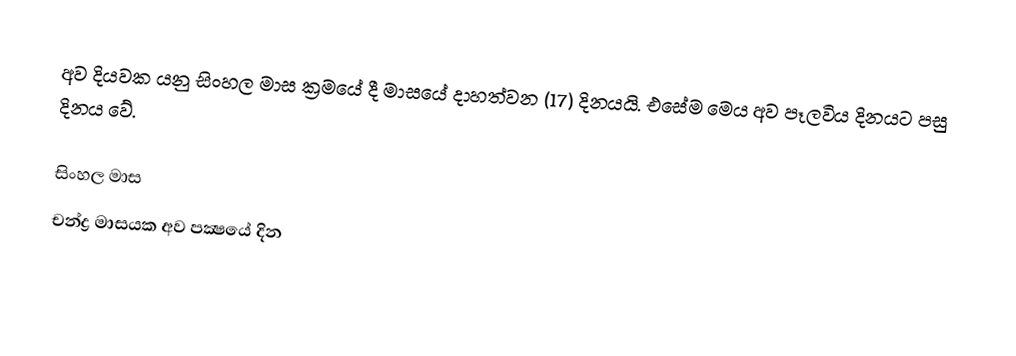
අව දියවක යනු සිංහල මාස ක්‍රමයේ දී මාසයේ දාහත්වන (17) දිනයයි. එසේම මෙය අව පෑලවිය දිනයට පසු දිනය වේ.

සිංහල මාස
චන්ද්‍ර මාසයක අව පක්‍ෂයේ දින